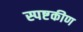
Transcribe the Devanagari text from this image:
स्पष्टकीण